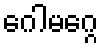
ဂေါမဂ္ဂေ